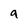
Character: g